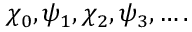
\chi _ { 0 } , \psi _ { 1 } , \chi _ { 2 } , \psi _ { 3 } , \dots .